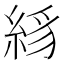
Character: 絼